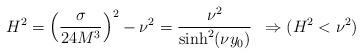
LaTeX: \begin{align*}H^2=\left(\frac{\sigma}{24M^3}\right)^2-\nu^2=\frac{\nu^2}{\sinh^2(\nu y_0)}\,\,\,\Rightarrow (H^2<\nu^2)\end{align*}